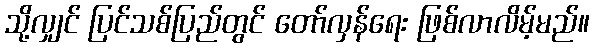
သို့လျှင် ပြင်သစ်ပြည်တွင် တော်လှန်ရေး ဖြစ်လာလိမ့်မည်။